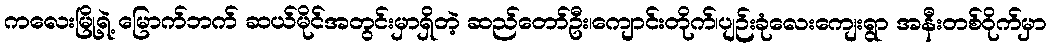
ကလေးမြို့ရဲ့ မြောက်ဘက် ဆယ်မိုင်အတွင်းမှာရှိတဲ့ ဆည်တော်ဦး၊ကျောင်းတိုက်၊ပျဉ်းခုံလေးကျေးရွာ အနီးတစ်ဝိုက်မှာ